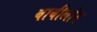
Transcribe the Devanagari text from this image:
बाबीलोन